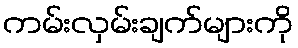
ကမ်းလှမ်းချက်များကို